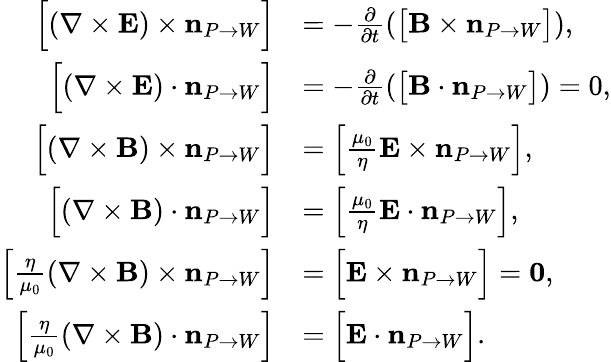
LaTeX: \begin{array}{rl}{{\Big[}(\nabla\times{\mathbf E})\times\mathbf{n}_{P\rightarrow W}{\Big]}}&{=-\frac{\partial}{\partial t}\left({\big[}{\mathbf B}\times\mathbf{n}_{P\rightarrow W}{\big]}\right),}\\ {{\Big[}(\nabla\times{\mathbf E})\cdot\mathbf{n}_{P\rightarrow W}{\Big]}}&{=-\frac{\partial}{\partial t}\left({\big[}{\mathbf B}\cdot\mathbf{n}_{P\rightarrow W}{\big]}\right)={0},}\\ {{\Big[}(\nabla\times{\mathbf B})\times\mathbf{n}_{P\rightarrow W}{\Big]}}&{={\Big[}\frac{\mu_{0}}{\eta}{\mathbf E}\times\mathbf{n}_{P\rightarrow W}{\Big]},}\\ {{\Big[}(\nabla\times{\mathbf B})\cdot\mathbf{n}_{P\rightarrow W}{\Big]}}&{={\Big[}\frac{\mu_{0}}{\eta}{\mathbf E}\cdot\mathbf{n}_{P\rightarrow W}{\Big]},}\\ {{\Big[}\frac{\eta}{\mu_{0}}(\nabla\times{\mathbf B})\times\mathbf{n}_{P\rightarrow W}{\Big]}}&{={\Big[}{\mathbf E}\times\mathbf{n}_{P\rightarrow W}{\Big]}=\mathbf{0},}\\ {{\Big[}\frac{\eta}{\mu_{0}}(\nabla\times{\mathbf B})\cdot\mathbf{n}_{P\rightarrow W}{\Big]}}&{={\Big[}{\mathbf E}\cdot\mathbf{n}_{P\rightarrow W}{\Big]}.}\end{array}